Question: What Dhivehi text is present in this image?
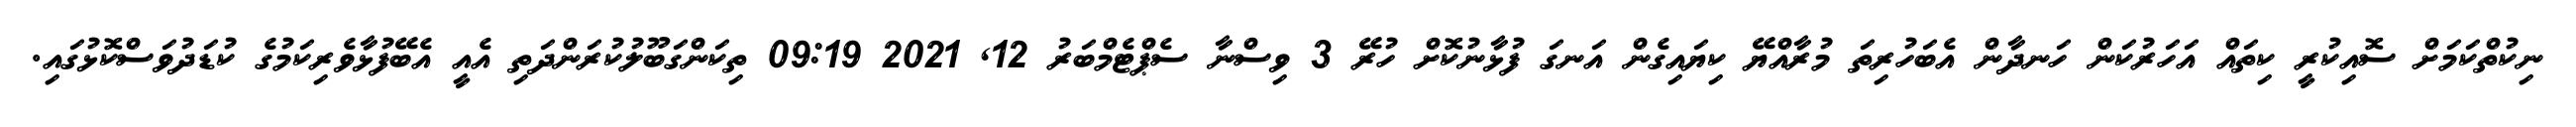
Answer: ނިކުތްކަމަށް ސޮއިކުރީ ކިތައް އަހަރުކަން ހަނދާން އެބަހުރިތަ މުރާއްޔޭ ކިޔައިގެން އަނގަ ފުޅާނުކޮށް ހުރޭ 3 ވިސްނާ ސެޕްޓެމްބަރު 12, 2021 09:19 ތިކަންގަބޫލުކުރަންދަތި އެއީ އެބޭފުޅާވެރިކަމުގެ ކުޑަދުވަސްކޮޅުގައި.